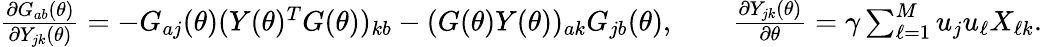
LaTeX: \begin{array}{r}{\frac{\partial G_{ab}(\theta)}{\partial Y_{jk}(\theta)}=-G_{aj}(\theta)(Y(\theta)^{T}G(\theta))_{kb}-(G(\theta)Y(\theta))_{ak}G_{jb}(\theta),\qquad\frac{\partial Y_{jk}(\theta)}{\partial\theta}=\gamma\sum_{\ell=1}^{M}u_{j}u_{\ell}X_{\ell k}.}\end{array}